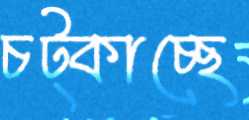
চট্‌কাচ্ছে